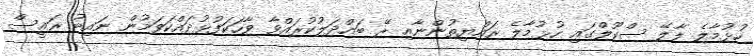
ހުޅުމާލެ ލާލޭ ސްކޫލްގައި ހުޅުމާލެ ރައްޔިތުންނާއި ރޭ ބައްދަލުކުރައްވާ ވާހަކަފުޅުދައްކަވަމުން ނައިބު ރައީސް